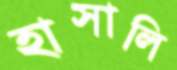
হাসালি